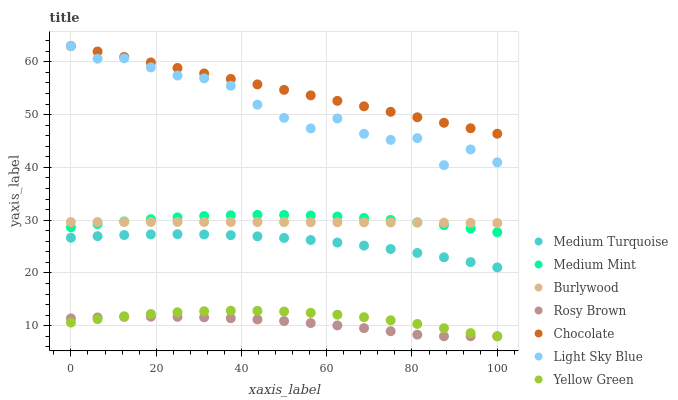
| xaxis_label | Medium Turquoise | Medium Mint | Burlywood | Rosy Brown | Chocolate | Light Sky Blue | Yellow Green |
 | --- | --- | --- | --- | --- | --- | --- | --- |
 | 0 | 26.7 | 28.7 | 29.6 | 11.4 | 63 | 63 | 10.6 |
 | 6.25 | 27 | 29.3 | 29.6 | 11.6 | 62 | 60.6 | 11.2 |
 | 12.5 | 27.2 | 29.8 | 29.6 | 11.7 | 60.9 | 60.7 | 11.8 |
 | 18.8 | 27.3 | 30.2 | 29.7 | 11.7 | 59.9 | 58.9 | 12.2 |
 | 25 | 27.3 | 30.5 | 29.7 | 11.7 | 58.8 | 57.4 | 12.5 |
 | 31.2 | 27.3 | 30.8 | 29.7 | 11.6 | 57.8 | 56.9 | 12.7 |
 | 37.5 | 27.2 | 30.9 | 29.7 | 11.4 | 56.8 | 55.5 | 12.8 |
 | 43.8 | 26.9 | 31 | 29.6 | 11.2 | 55.7 | 51.9 | 12.8 |
 | 50 | 26.6 | 31 | 29.6 | 10.9 | 54.7 | 49.4 | 12.7 |
 | 56.2 | 26.2 | 30.9 | 29.6 | 10.5 | 53.6 | 47.4 | 12.4 |
 | 62.5 | 25.8 | 30.7 | 29.6 | 10.1 | 52.6 | 49.3 | 12.1 |
 | 68.8 | 25.2 | 30.4 | 29.6 | 9.54 | 51.6 | 46.4 | 11.6 |
 | 75 | 24.5 | 30 | 29.6 | 8.95 | 50.5 | 45.2 | 11 |
 | 81.2 | 23.8 | 29.6 | 29.5 | 8.3 | 49.5 | 45.5 | 10.3 |
 | 87.5 | 23 | 29.1 | 29.5 | 8 | 48.5 | 40.4 | 9.52 |
 | 93.8 | 22 | 28.4 | 29.5 | 8 | 47.4 | 43.4 | 8.6 |
 | 100 | 21 | 27.7 | 29.5 | 8 | 46.4 | 41 | 8 |